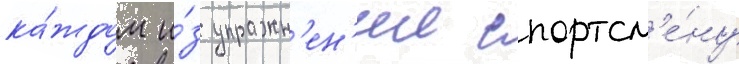
ка́ждом и́з упражн'ен'ии спортсм'е́ну